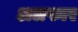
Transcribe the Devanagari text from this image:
अलफार